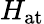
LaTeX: H_{\mathrm{{at}}}